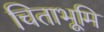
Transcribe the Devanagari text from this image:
चिताभूमि